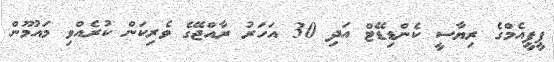
ޕީޕީއެމްގެ ރިޔާސީ ކެންޑިޑޭޓް އަދި 30 އަހަރު ރާއްޖޭގެ ވެރިކަން ކުރެއްވި މައުމޫން